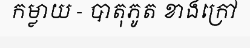
កម្លាយ - បាតុភូត ខាងក្រៅ